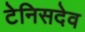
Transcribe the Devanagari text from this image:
टेनिसदेव